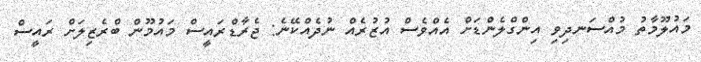
މައުލޫމާތު މުއްސަނދިވި އިންގްލެންޑަށް އެއްވެސް އުޒުރެއް ނުދެއްކޭނެ: ޖެރާޑްރައީސް މައުމޫން ބްރެޒިލަށް ރައީސް